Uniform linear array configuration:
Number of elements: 24
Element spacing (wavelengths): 0.75
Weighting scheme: binomial
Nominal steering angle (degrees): -30
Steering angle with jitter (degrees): -29.168
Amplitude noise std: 0.05
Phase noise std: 0.05

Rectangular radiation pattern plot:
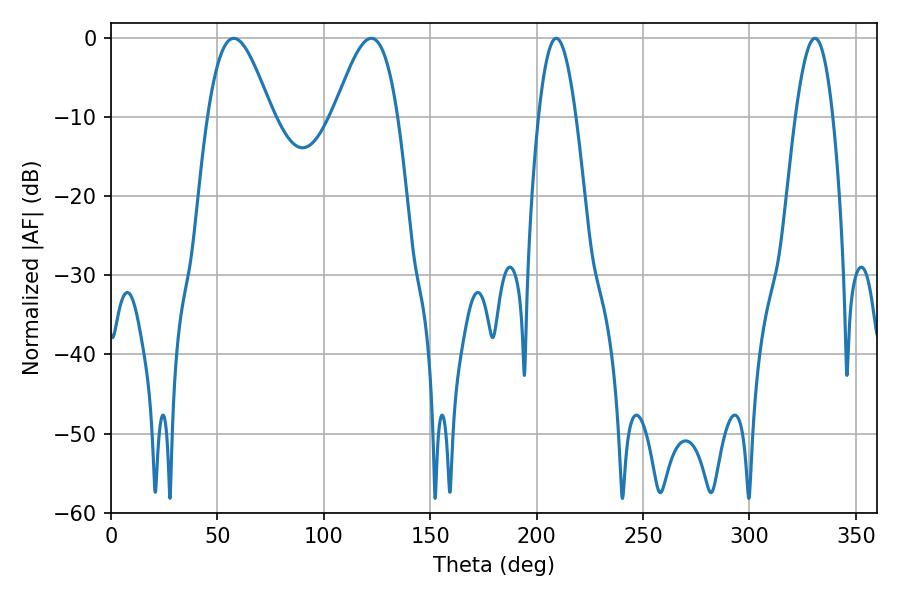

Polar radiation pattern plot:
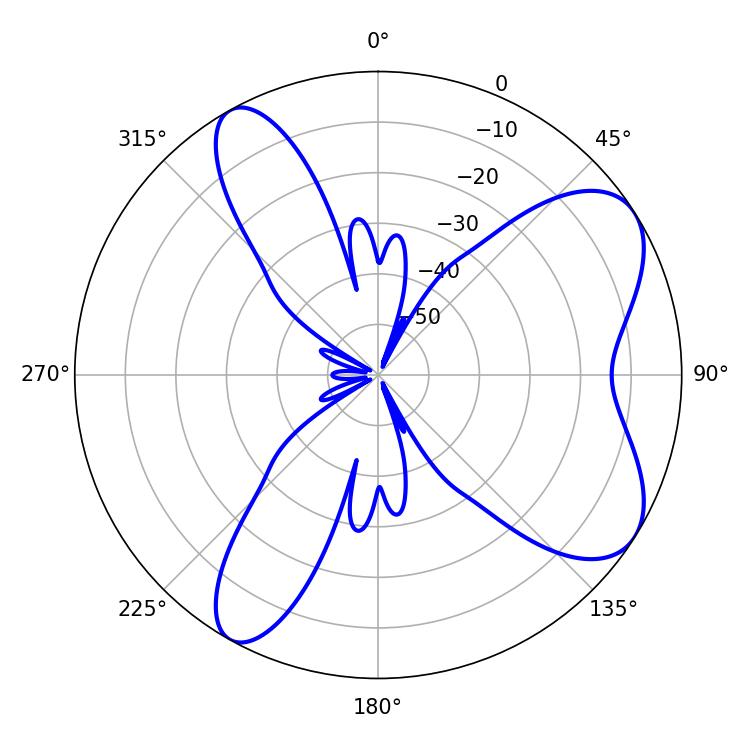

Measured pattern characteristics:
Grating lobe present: TRUE
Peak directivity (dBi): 7.337
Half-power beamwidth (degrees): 16.02
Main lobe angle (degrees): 57.6